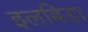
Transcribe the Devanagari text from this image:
इलबिड़ा